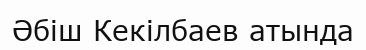
Әбіш Кекілбаев атында